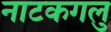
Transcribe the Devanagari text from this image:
नाटकगलु